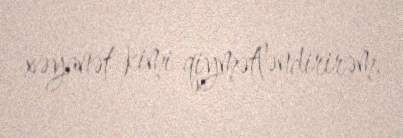
xəyanət kimi qiymətləndirirəm.